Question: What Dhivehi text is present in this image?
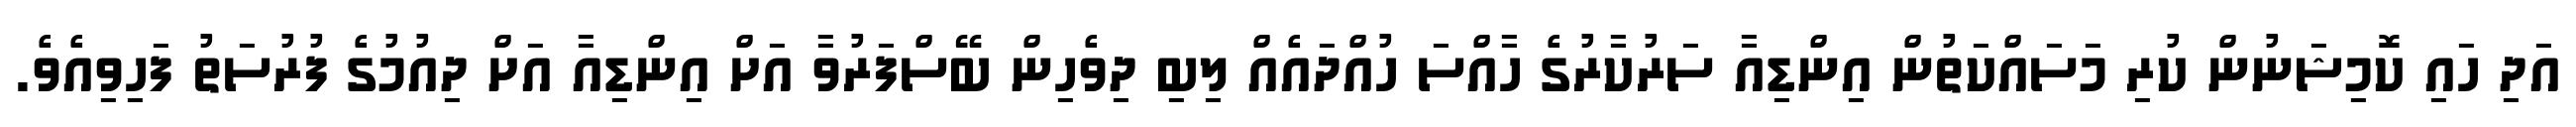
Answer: އަދި ހައި ކޮމިޝަނުން ކުރި މަސައްކަތުން އިންޑިއާ ސަރުކާރުގެ ހާއްސަ ހުއްދައެއް ލިބި ދިވެހިން ބޭސްފަރުވާ އަށް އިންޑިއާ އަށް ދިއުމުގެ ފުރުސަތު ފަހިވިއެވެ.